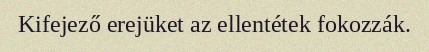
Kifejező erejüket az ellentétek fokozzák.